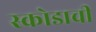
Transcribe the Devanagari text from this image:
स्कोडाची